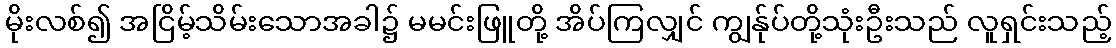
မိုးလစ်၍ အငြိမ့်သိမ်းသောအခါ၌ မမင်းဖြူတို့ အိပ်ကြလျှင် ကျွန်ုပ်တို့သုံးဦးသည် လူရှင်းသည့်